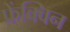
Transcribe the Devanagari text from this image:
फ्रेंक्विन